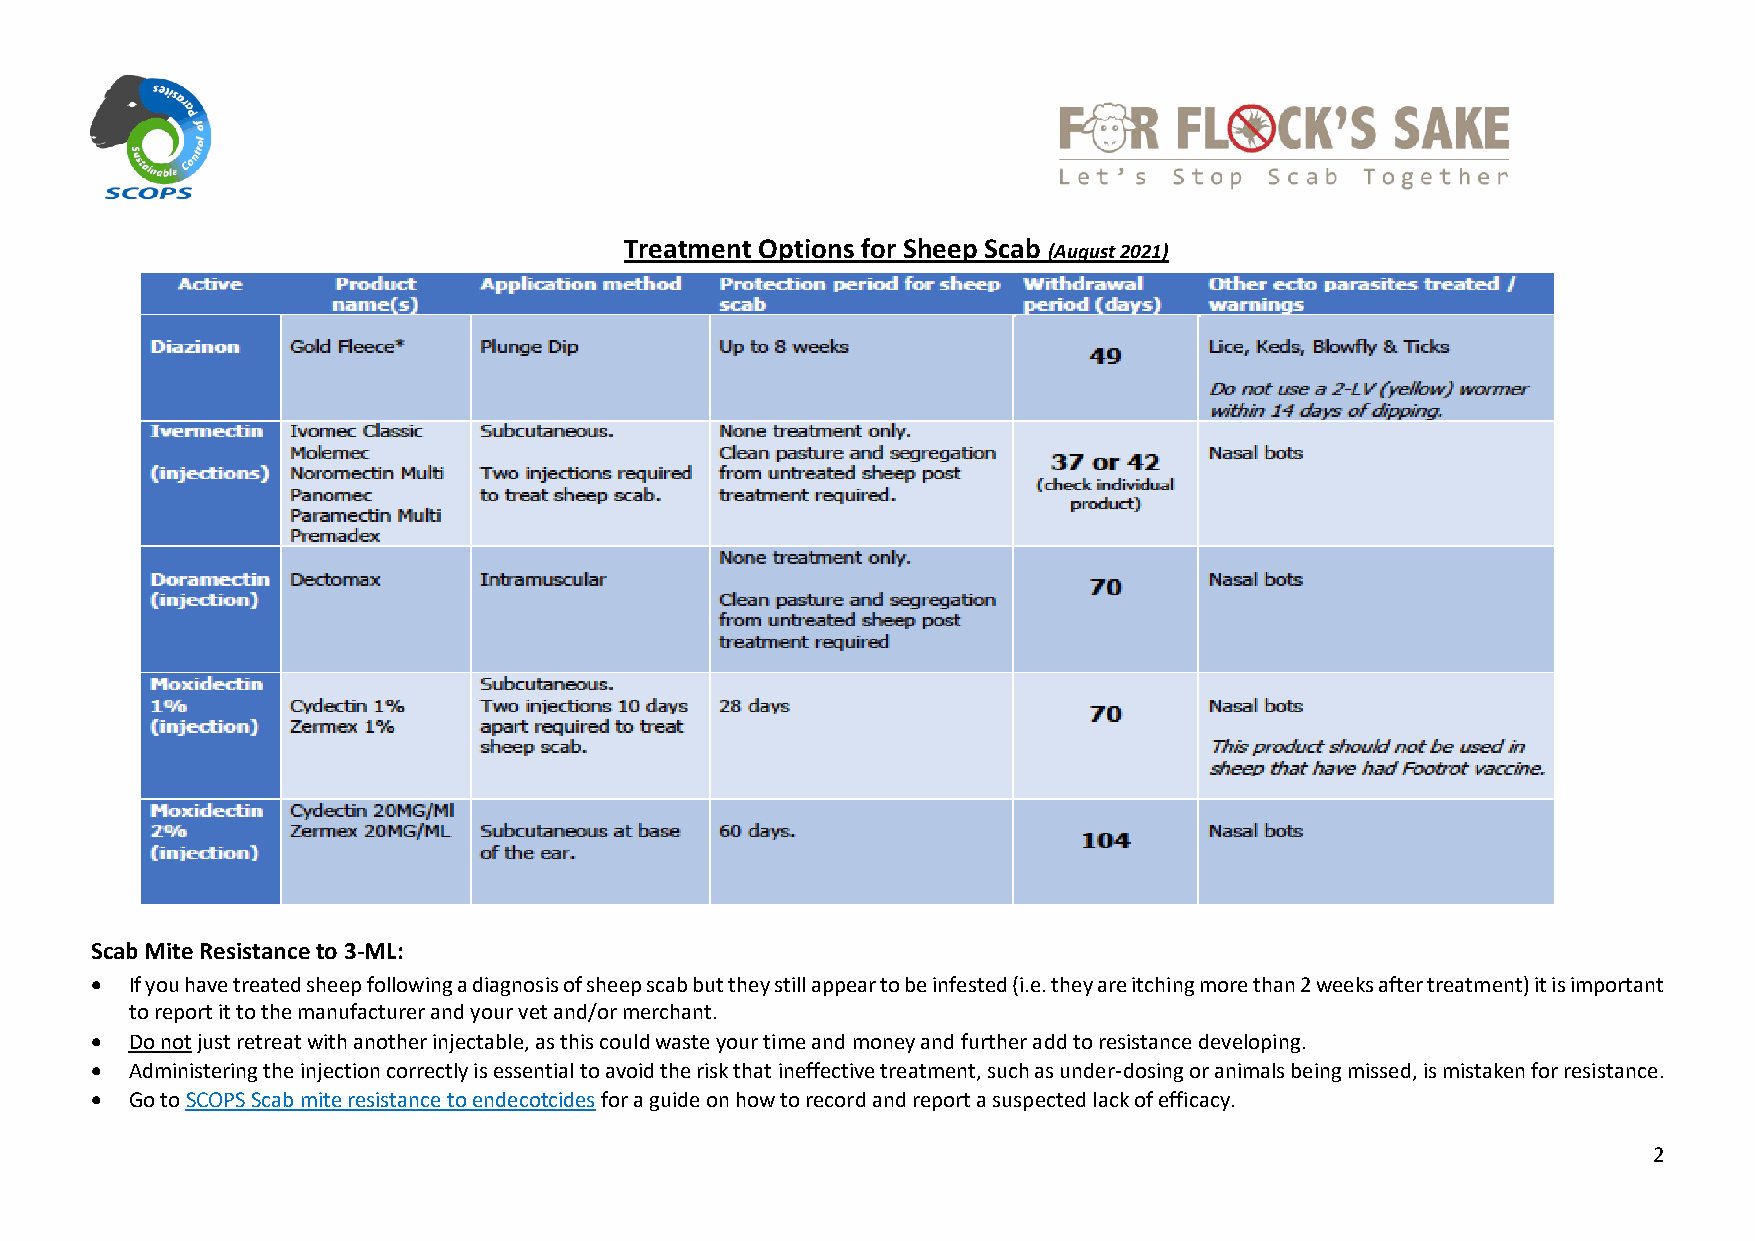
Treatment Options for Sheep Scab (August 2021)
 Scab Mite Resistance to 3-ML:
 •  If you have treated sheep following a diagnosis of sheep scab but they still appear to be infested (i.e. they are itching more than 2 weeks after treatment) it is important
 to report it to the manufacturer and your vet and/or merchant.
 •  Do not just retreat with another injectable, as this could waste your time and money and further add to resistance developing.
 •  Administering the injection correctly is essential to avoid the risk that ineffective treatment, such as under-dosing or animals being missed, is mistaken for resistance.
 •  Go to SCOPS Scab mite resistance to endecotcides for a guide on how to record and report a suspected lack of efficacy.
 2